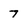
Character: 7